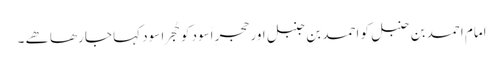
امام احمد بن حنبل کو احمد بن جنبل اور حجرِ اَسوَد کو حُجرا سود کہا جا رھا ھے ۔